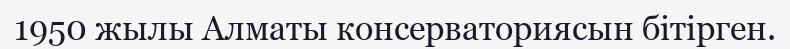
1950 жылы Алматы консерваториясын бітірген.